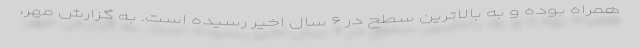
همراه بوده و به بالاترین سطح در ۶ سال اخیر رسیده است. به گزارش مهر،